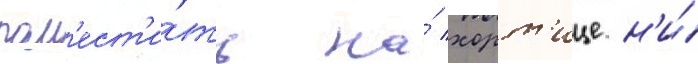
пом'ест'и́ть на́ хорт'ице н'и́